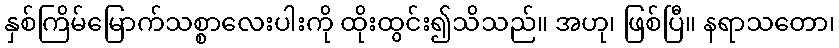
နှစ်ကြိမ်မြောက်သစ္စာလေးပါးကို ထိုးထွင်း၍သိသည်။ အဟု၊ ဖြစ်ပြီ။ နရာသတော၊